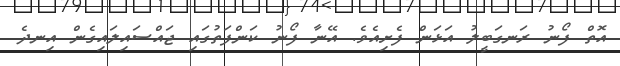
އޮތް ފޯނު ރަނގަބީލު އަޅަން ފެށިއެވެ. އޭނާ ފޯނު ކަންފަތުގައި ޖައްސައިލައިގެން އިނދެ